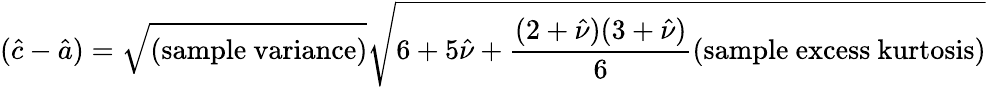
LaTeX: ({\hat{c}}-{\hat{a}})={\sqrt{\mathrm{(sample~variance)}}}{\sqrt{6+5{\hat{\nu}}+{\frac{(2+{\hat{\nu}})(3+{\hat{\nu}})}{6}}{\mathrm{(sample~excess~kurtosis)}}}}